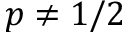
p \neq 1 / 2